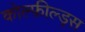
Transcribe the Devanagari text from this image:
कोल्फ़ील्ड्स